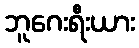
ဘူဂေးရီးယား